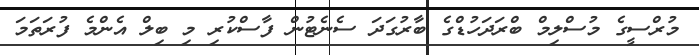
މުރްސީގެ މުސްލިމް ބްރަދަހުޑްގެ ބާރުގަދަ ސެނެޓުން ފާސްކުރި މި ބިލް އެންމެ ފުރަތަމަ